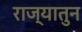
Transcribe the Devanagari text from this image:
राज्यातुन